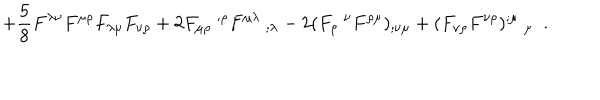
LaTeX: + \frac 5 8 F ^ { \lambda \nu } F ^ { \mu \rho } F _ { \lambda \mu } F _ { \nu \rho } + 2 F _ { \mu \rho } ~ ^ { ; \rho } F ^ { \mu \lambda } ~ _ { ; \lambda } - 2 ( F _ { \rho } ~ ^ { \nu } F ^ { \rho \mu } ) _ { ; \nu \mu } + ( F _ { \nu \rho } F ^ { \nu \rho } ) ^ { ; \mu } ~ _ { \mu } ~ ~ .